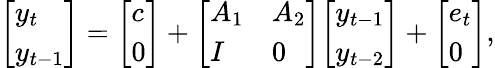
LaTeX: {\left[\begin{array}{l}{y_{t}}\\ {y_{t-1}}\end{array}\right]}={\left[\begin{array}{l}{c}\\ {0}\end{array}\right]}+{\left[\begin{array}{ll}{A_{1}}&{A_{2}}\\ {I}&{0}\end{array}\right]}{\left[\begin{array}{l}{y_{t-1}}\\ {y_{t-2}}\end{array}\right]}+{\left[\begin{array}{l}{e_{t}}\\ {0}\end{array}\right]},